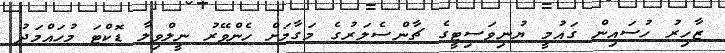
ޒާހިރު ހުސައިން ގައުމީ ޔުނިވަސިޓީގެ ޗާންސެލަރުގެ މަގާމަށް ހެންވޭރު ނީލްވިލާ ޑޮކްޓަ މުހައްމަދު